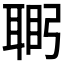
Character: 𮋴